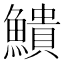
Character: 𫙷